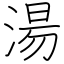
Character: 湯